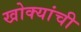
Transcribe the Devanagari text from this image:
खोक्यांची